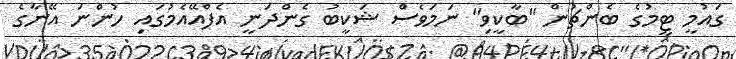
ގައުމީ ޓީމުގެ ބެންޗުން "ބާކީވި" ނަމަވެސް ޝަކީބު ގެންދަނީ އެފްއޭއެމުގައި ހުންނަ އޭނާގެ